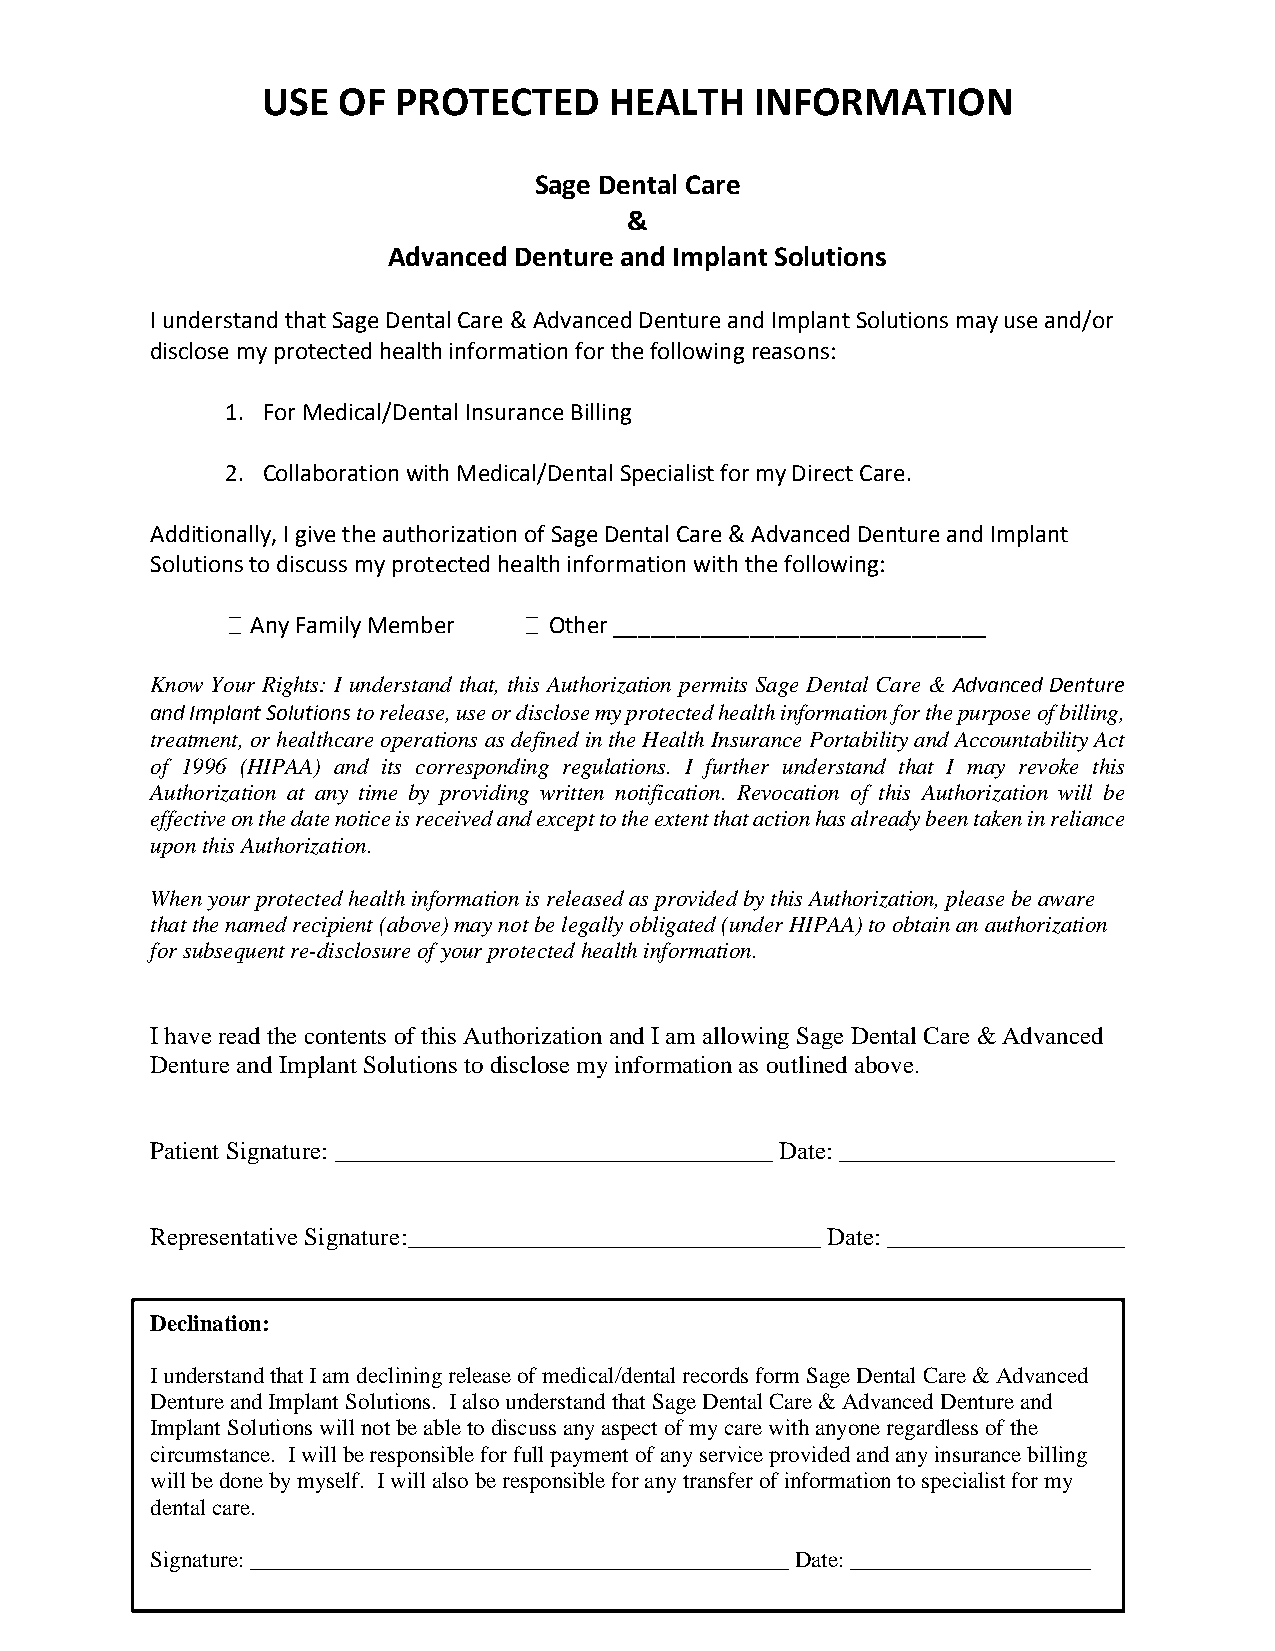
USE  OF  PROTECTED     HEALTH    INFORMATION
 Sage Dental Care
 &
 Advanced Denture and Implant Solutions
 I understand that Sage Dental Care & Advanced Denture and Implant Solutions may use and/or
 disclose my protected health information for the following reasons:
 1. For Medical/Dental Insurance Billing
 2. Collaboration with Medical/Dental Specialist for my Direct Care.
 Additionally, I give the authorization of Sage Dental Care & Advanced Denture and Implant
 Solutions to discuss my protected health information with the following:
 Any Family Member  Other ______________________________
 Know Your Rights: I understand that, this Authorization permits Sage Dental Care & Advanced Denture
 and Implant Solutions to release, use or disclose my protected health information for the purpose of billing,
 treatment, or healthcare operations as defined in the Health Insurance Portability and Accountability Act
 of 1996 (HIPAA) and its corresponding regulations. I further understand that I may revoke this
 Authorization at any time by providing written notification. Revocation of this Authorization will be
 effective on the date notice is received and except to the extent that action has already been taken in reliance
 upon this Authorization.
 When your protected health information is released as provided by this Authorization, please be aware
 that the named recipient (above) may not be legally obligated (under HIPAA) to obtain an authorization
 for subsequent re-disclosure of your protected health information.
 I have read the contents of this Authorization and I am allowing Sage Dental Care & Advanced
 Denture and Implant Solutions to disclose my information as outlined above.
 Patient Signature: ___________________________________ Date: ______________________
 Representative Signature:_________________________________ Date: ___________________
 Declination:
 I understand that I am declining release of medical/dental records form Sage Dental Care & Advanced
 Denture and Implant Solutions. I also understand that Sage Dental Care & Advanced Denture and
 Implant Solutions will not be able to discuss any aspect of my care with anyone regardless of the
 circumstance. I will be responsible for full payment of any service provided and any insurance billing
 will be done by myself. I will also be responsible for any transfer of information to specialist for my
 dental care.
 Signature: _______________________________________________ Date: _____________________